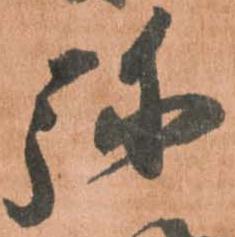
弥